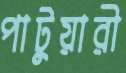
পাটুয়ারী